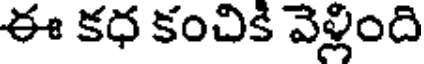
ఈ కధ కంచికి వెళ్లింది